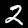
Label: 2